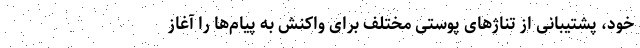
خود، پشتیبانی از تناژهای پوستی مختلف برای واکنش به پیام‌ها را آغاز